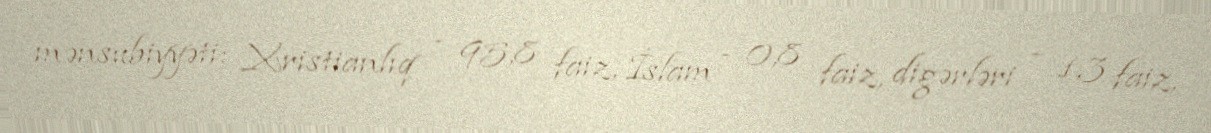
mənsubiyyəti: Xristianlıq - 95,8 faiz, İslam - 0,8 faiz, digərləri - 1,3 faiz,